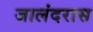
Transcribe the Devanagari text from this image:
जालंदरास